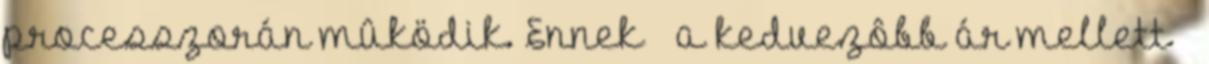
processzorán mûködik. Ennek – a kedvezôbb ár mellett –